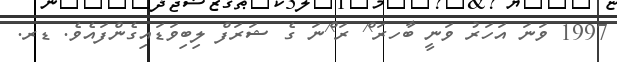
1997 ވަނަ އަހަރު ވަނީ ބާހރަ^ް ރަ^ްނަ ގެ ޝަރަފް ލިބިވަޑައިގެންފައެވެ. ޑރ.